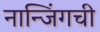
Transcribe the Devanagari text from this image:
नान्जिंगची